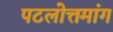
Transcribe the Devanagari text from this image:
पटलोत्तमांग